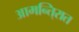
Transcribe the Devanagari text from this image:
आमन्ति्रात